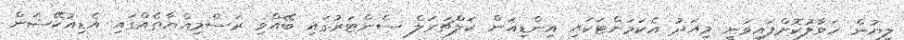
ލިޔުން ހަވާލުކޮށްފައިވަނީ މިއަދު އެކަމަށްޓަކައި އިންޑިއަން ކަލްޗަރަލް ސެންޓަރުގައި ބޭއްވި ރަސްމިއްޔާތެއްގައި އެޑިއުކޭޝަން